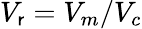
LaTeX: V_{\mathsf{r}}=V_{m}/V_{c}